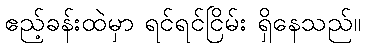
ဧည့်ခန်းထဲမှာ ရင်ရင်ငြိမ်း ရှိနေသည်။